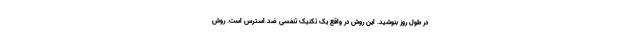
در طول روز بنوشید. این روش در واقع یک تکنیک تنفسیِ ضد استرس است. روش